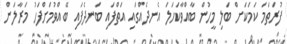
ފުރަތަމަ ކަމަކަށް ބަލި މީހުން ބާއްވާކަހަލަ އެނދެއްގައި އަތްފައި ބަނދެފައި ބޭއްވުމަށްފަހު މަރާލަން